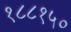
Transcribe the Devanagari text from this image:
१८८१५०